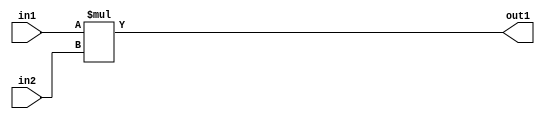
`timescale 1ps / 1ps
/*****************************************************************************
    Verilog RTL Description
    
    
    Created by: Stratus DpOpt 2019.1.01 
*******************************************************************************/

module st_feature_addr_gen_Mul_16Ux16U_32U_4_0 (
	in2,
	in1,
	out1
	); /* architecture "behavioural" */ 
input [15:0] in2,
	in1;
output [31:0] out1;
wire [31:0] asc001;

assign asc001 = 
	+(in1 * in2);

assign out1 = asc001;
endmodule

/* CADENCE  ubH0Tg4= : u9/ySgnWtBlWxVPRXgAZ4Og= ** DO NOT EDIT THIS LINE ******/